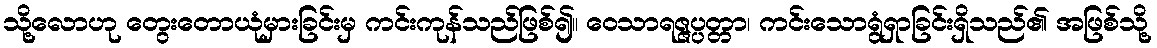
သို့လောဟု တွေးတောယုံမှားခြင်းမှ ကင်းကုန်သည်ဖြစ်၍။ ဝေသာရဇ္ဇပ္ပတ္တာ၊ ကင်းသောရွံရှာခြင်းရှိသည်၏ အဖြစ်သို့